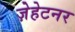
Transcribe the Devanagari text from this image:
ज़ेहेटनर